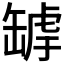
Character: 𦉄